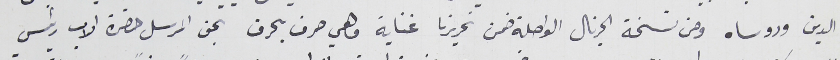
الدين وروساه ومن نسخة الجرنال الواصلة ضمن تحريرنا غناية وهي حرف بحرف بحق المرسل حضرة الاب رئيس